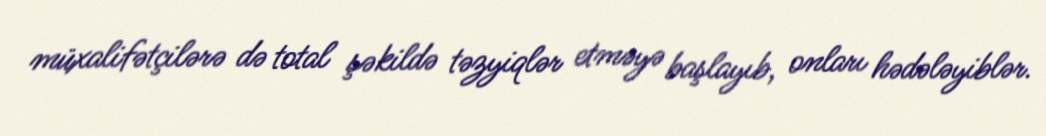
müxalifətçilərə də total şəkildə təzyiqlər etməyə başlayıb, onları hədələyiblər.